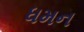
ધમન